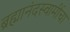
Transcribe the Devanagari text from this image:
ब्रह्मानंदस्वामींचा